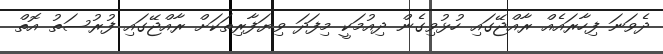
ދެވަނަ ފިހާރައެއް ރާއްޖޭގައި ހުޅުވިގެން ދިއުމަކީ މިފަދަ ވިޔަފާރިތަކަށް ރާއްޖޭގައި ފުރުސަތު އޮތް